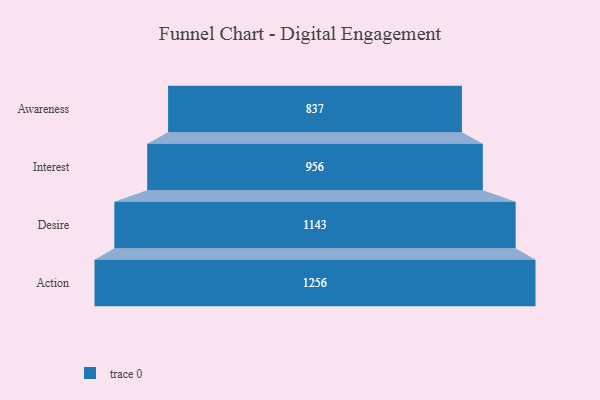
{"axis": {"x": "Stage", "y": "Value"}, "legend": [""], "data": [{"x": "Awareness", "y": 837.0, "type": ""}, {"x": "Interest", "y": 956.0, "type": ""}, {"x": "Desire", "y": 1143.0, "type": ""}, {"x": "Action", "y": 1256.0, "type": ""}]}